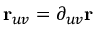
\mathbf { r } _ { u v } = \partial _ { u v } \mathbf { r }